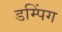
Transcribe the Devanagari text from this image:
डम्पिंग